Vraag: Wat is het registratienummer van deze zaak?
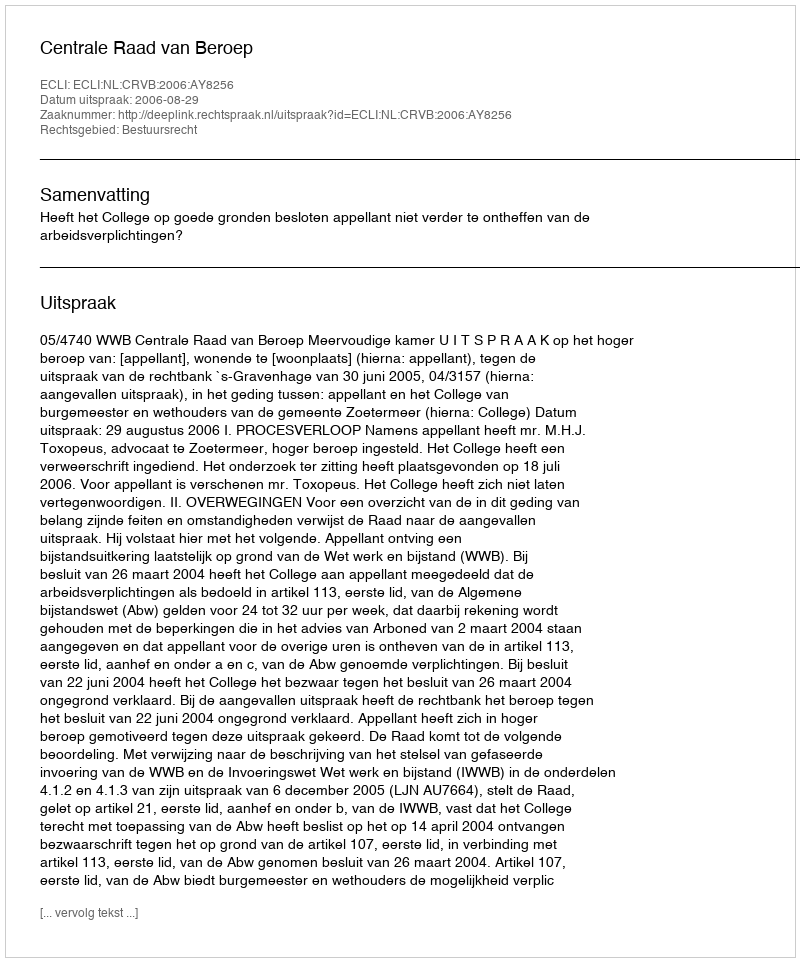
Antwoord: http://deeplink.rechtspraak.nl/uitspraak?id=ECLI:NL:CRVB:2006:AY8256